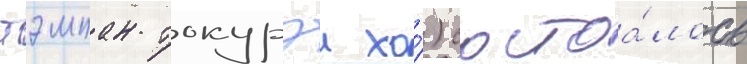
тэмпан токурэи хо́) состоа́лось